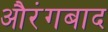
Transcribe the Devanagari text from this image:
औरंगबाद